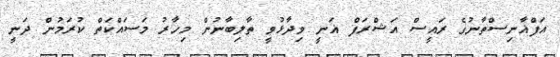
އަފްޣާނިސްތާނުގެ ރައީސް އަޝްރަފް ޣަނީ ވިދާޅުވީ ތާލިބާނުން މިހާރު މަސައްކަތް ކުރަމުން ދަނީ